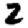
Digit: 2